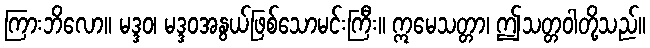
ကြားဘိလော။ မဒ္ဒဝ၊ မဒ္ဒဝအနွယ်ဖြစ်သောမင်းကြီး။ ဣမေသတ္တာ၊ ဤသတ္တဝါတို့သည်။